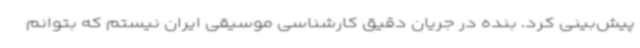
پیش‌بینی کرد. بنده در جریان دقیق کارشناسی موسیقی ایران نیستم که بتوانم